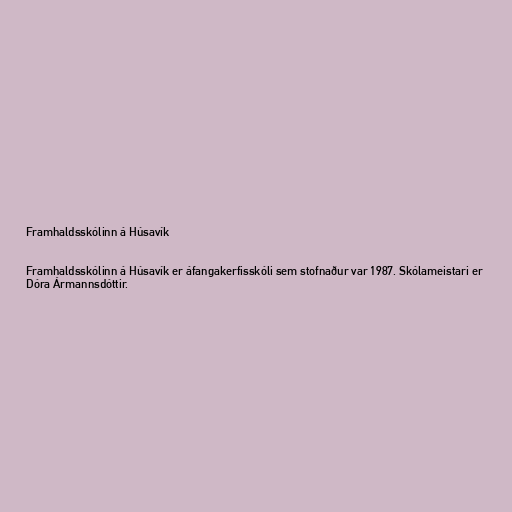
Framhaldsskólinn á Húsavík

Framhaldsskólinn á Húsavík er áfangakerfisskóli sem stofnaður var 1987. Skólameistari er
Dóra Ármannsdóttir.